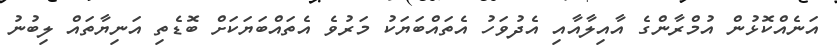
އަނެއްކޮޅުން އުމްރާންގެ އާއިލާއާއި އެދުވަހު އެތައްބަޔަކު މަރުވެ އެތައްބަޔަކަށް ބޮޑެތި އަނިޔާތައް ލިބުނު